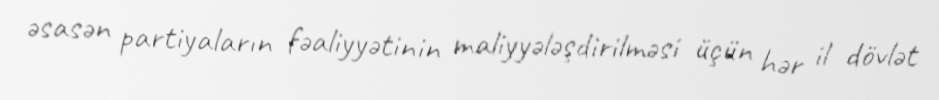
əsasən partiyaların fəaliyyətinin maliyyələşdirilməsi üçün hər il dövlət